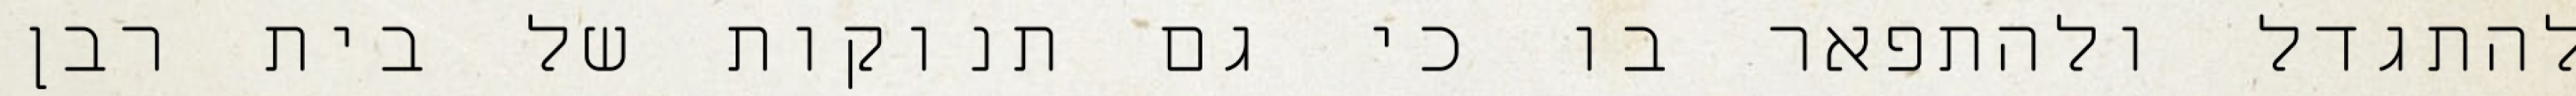
להתגדל ולהתפאר בו כי גם תנוקות של בית רבן